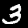
Digit: 3